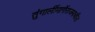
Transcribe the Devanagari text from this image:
तुंगार्लीमार्गेराजमाचीला